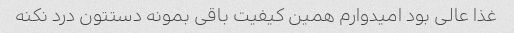
غذا عالی بود امیدوارم همین کیفیت باقی بمونه دستتون درد نکنه